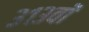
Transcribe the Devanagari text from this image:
३१३वॉ